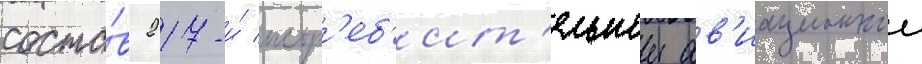
соста́в 217-и́ истр'еб'ит'ельнои ав'иационнои